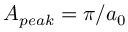
A _ { p e a k } = \pi / a _ { 0 }